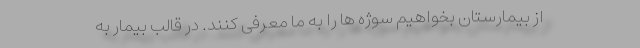
از بیمارستان بخواهیم سوژه ها را به ما معرفی کنند. در قالب بیمار به